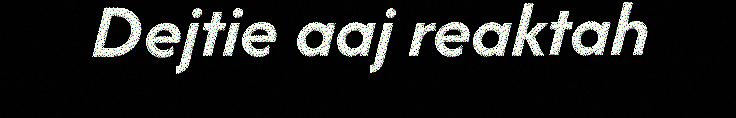
Dejtie aaj reaktah